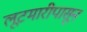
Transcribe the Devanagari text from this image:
लूटमारीपासून